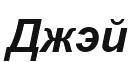
Джэй